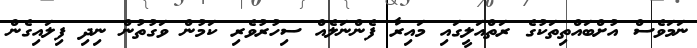
ނަމަވެސް އުށްބައްތިތަކުގެ ރަތްއަލީގައި މައިރާ ފެންނަލެއް ސިހުރުވެރި ކަމުން ވަގުތުން ނިދި ފިލައިގެން